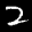
Label: 2